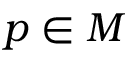
p \in M